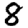
Digit: 8